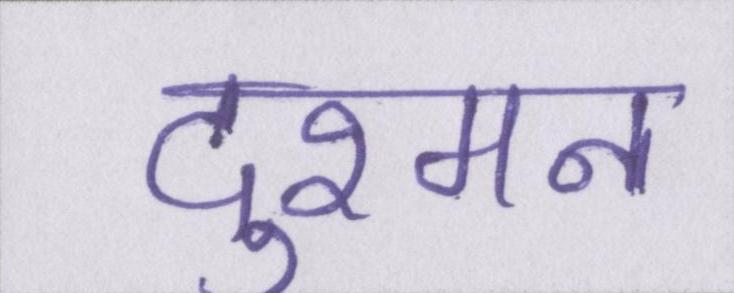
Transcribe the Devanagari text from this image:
दुश्मन